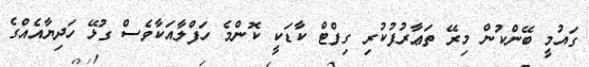
ގައުމީ ބޭންކުން މިރޭ ތަޢާރުފުކުރި ގިފްޓް ކާޑަކީ ކޮންމެ ހަފްލާއަކާވެސް ގުޅޭ ހަދިޔާއެއްގެ